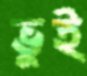
ভুই